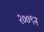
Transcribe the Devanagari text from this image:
२००९न